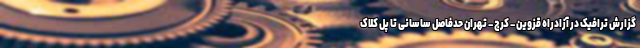
گزارش ترافیک در آزادراه قزوین – کرج – تهران حدفاصل ساسانی تا پل کلاک